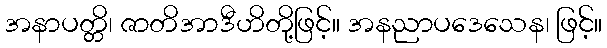
အနာပတ္တိ၊ ဇာတိအာဒီဟိတို့ဖြင့်။ အနညာပဒေသေန၊ ဖြင့်။